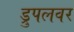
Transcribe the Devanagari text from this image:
ड्रुपलवर